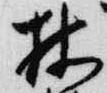
林